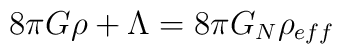
8 \pi G \rho +\Lambda= 8 \pi G_{N} \rho_{eff}